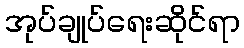
အုပ်ချုပ်ရေးဆိုင်ရာ